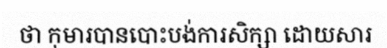
ថា កុមារបានបោះបង់ការសិក្សា ដោយសារ